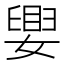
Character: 𫱴